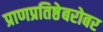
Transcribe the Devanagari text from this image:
प्राणप्रतिष्ठेबरोबर